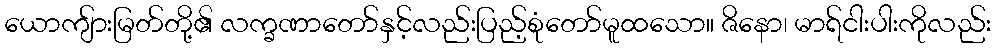
ယောကျ်ားမြတ်တို့၏ လက္ခဏာတော်နှင့်လည်းပြည့်စုံတော်မူထသော။ ဇိနော၊ မာရ်ငါးပါးကိုလည်း